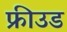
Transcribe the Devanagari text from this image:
फ्रीउड